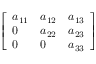
\left[ \begin{array} { l l l } { a _ { 1 1 } } & { a _ { 1 2 } } & { a _ { 1 3 } } \\ { 0 } & { a _ { 2 2 } } & { a _ { 2 3 } } \\ { 0 } & { 0 } & { a _ { 3 3 } } \end{array} \right]